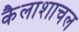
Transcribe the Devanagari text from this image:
कैलाशाचल